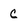
Character: C